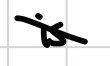
Text: is
Cross-out: mix
Writing tool: digital_black